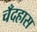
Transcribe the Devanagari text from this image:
चँदहास